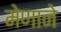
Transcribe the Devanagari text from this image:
मेणाने